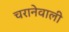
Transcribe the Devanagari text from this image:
चरानेवाली